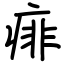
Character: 痱